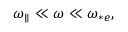
\begin{array} { r } { { \omega _ { \parallel } } \ll \omega \ll \omega _ { * e } , } \end{array}